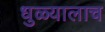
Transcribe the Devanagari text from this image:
धुळ्यालाच